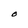
Character: O